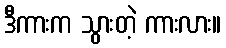
ဒီကားက သွားတဲ့ ကားလား။